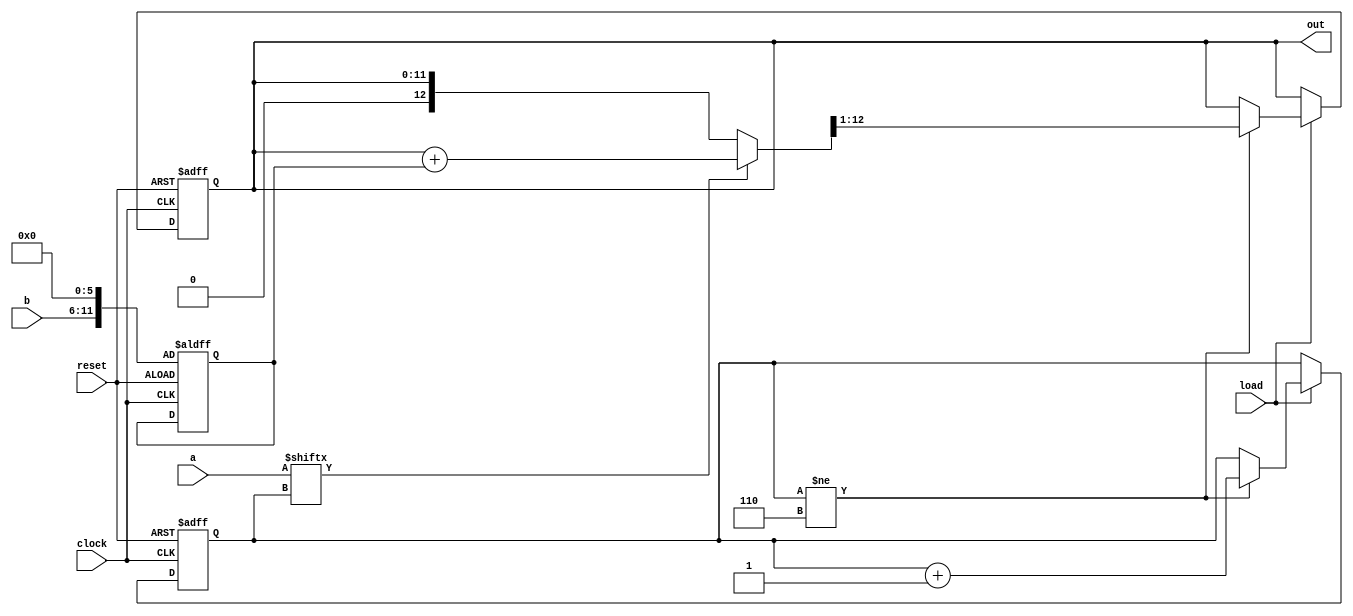
`timescale 1ns / 1ps

//////////////////////////////////////////////////////////////////////////////////
// Assignment 3 verilog design of binary multipliers
// Module Name: unsigned_seq_mult_RS
// Project Name: right shift multiplier
// Description: Group No 28
// Roll no - 18CS10013, 18CS10024
//////////////////////////////////////////////////////////////////////////////////

module unsigned_seq_mult_RS(input clock, input reset, input load, input [5:0] a, input [5:0] b, output reg [11:0] out);
    reg [2:0] c;
    reg [12:0] rshift;
    reg [11:0] y;
    always @(posedge clock or posedge reset)
    begin
        if(reset==1)
        begin
            y=b<<6; //initial left shifting to preserve the bits
            rshift = 0;
            out = 0;
            c=0;
        end
        else
        if(load)
        begin
             begin
                if(c!=6)
                begin
                    //given equation in the problem statement
                    if(a[c])
                        rshift = out + y;
                    else
                        rshift = out;

                    out = rshift >> 1;
                    c = c+1;
                end
            end
        end
    end
endmodule